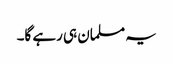
یہ مسلمان ہی رہے گا۔